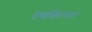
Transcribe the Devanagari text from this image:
दाखविणार्‍याला